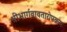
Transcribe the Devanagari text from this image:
श्रीभार्गवावतारोपक्रमः